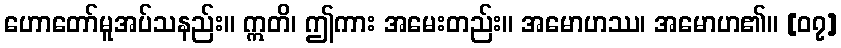
ဟောတော်မူအပ်သနည်း။ ဣတိ၊ ဤကား အမေးတည်း။ အမောဟဿ၊ အမောဟ၏။ [၀၇]